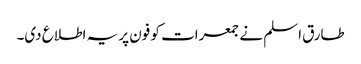
طارق اسلم نے جمعرات کو فون پر یہ اطلاع دی۔